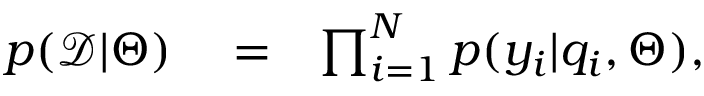
\begin{array} { r l r } { p ( \mathcal { D } | \Theta ) } & { { } = } & { \prod _ { i = 1 } ^ { N } p ( y _ { i } | q _ { i } , \Theta ) , } \end{array}